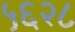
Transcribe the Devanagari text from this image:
५६२८